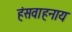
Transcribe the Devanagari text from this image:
हंसवाहनाय